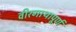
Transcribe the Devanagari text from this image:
वीरगाथापूर्ण